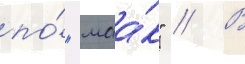
по́ "маа́к" // В